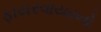
ફાયરવાયરનો